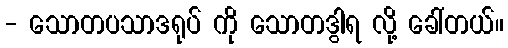
- သောတပသာဒရုပ် ကို သောတဒွါရ လို့ ခေါ်တယ်။